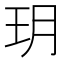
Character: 玥